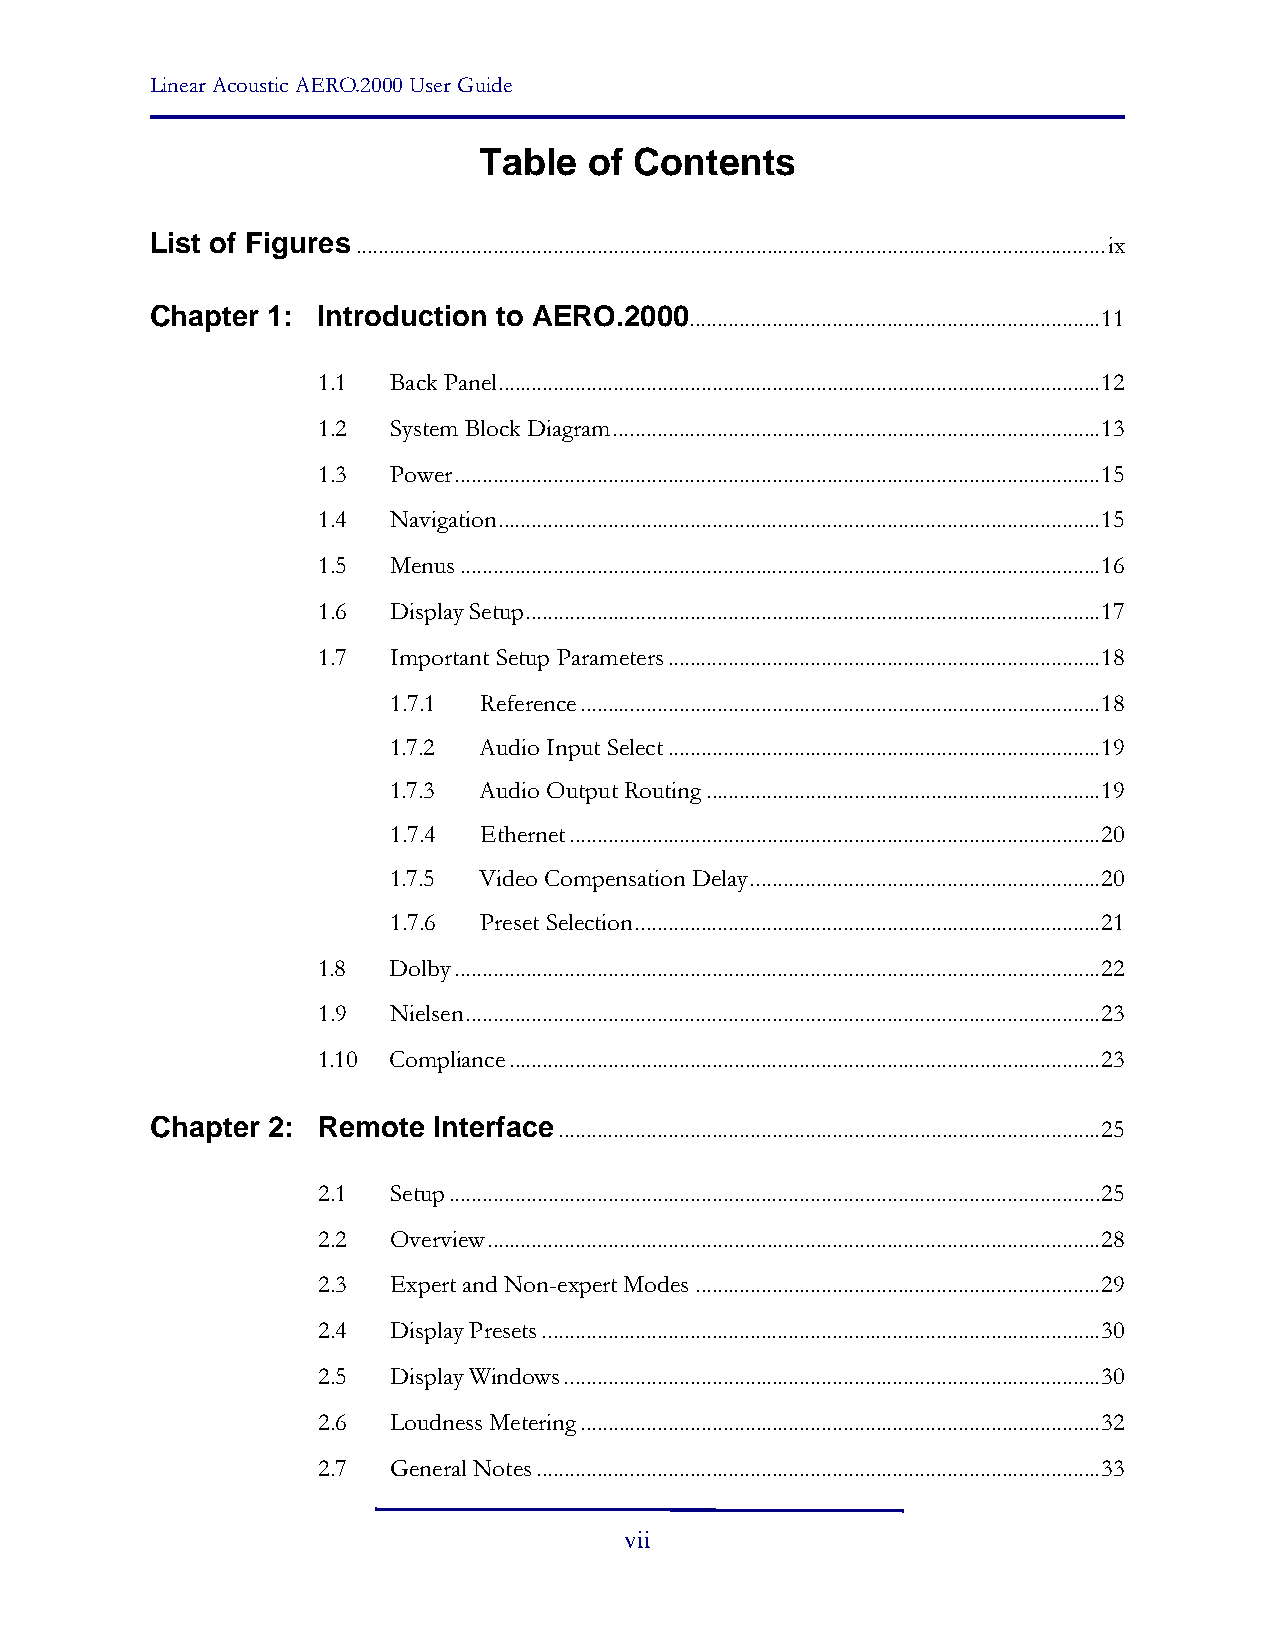
Linear Acoustic AERO.2000 User Guide
 Table  of Contents
 List of Figures.........................................................................................................................................ix
 Chapter 1: Introduction to AERO.2000...........................................................................11
 1.1  Back Panel..............................................................................................................12
 1.2  System Block Diagram.........................................................................................13
 1.3  Power......................................................................................................................15
 1.4  Navigation..............................................................................................................15
 1.5  Menus.....................................................................................................................16
 1.6  Display Setup.........................................................................................................17
 1.7  Important Setup Parameters...............................................................................18
 1.7.1 Reference...............................................................................................18
 1.7.2 Audio Input Select...............................................................................19
 1.7.3 Audio Output Routing........................................................................19
 1.7.4 Ethernet.................................................................................................20
 1.7.5 Video Compensation Delay................................................................20
 1.7.6 Preset Selection.....................................................................................21
 1.8  Dolby......................................................................................................................22
 1.9  Nielsen....................................................................................................................23
 1.10 Compliance............................................................................................................23
 Chapter 2: Remote  Interface...................................................................................................25
 2.1  Setup.......................................................................................................................25
 2.2  Overview................................................................................................................28
 2.3  Expert and Non-expert Modes..........................................................................29
 2.4  Display Presets......................................................................................................30
 2.5  Display Windows..................................................................................................30
 2.6  Loudness Metering...............................................................................................32
 2.7  General Notes.......................................................................................................33
 vii